Annual administration and progress report of the Indian Medical Department, Bombay
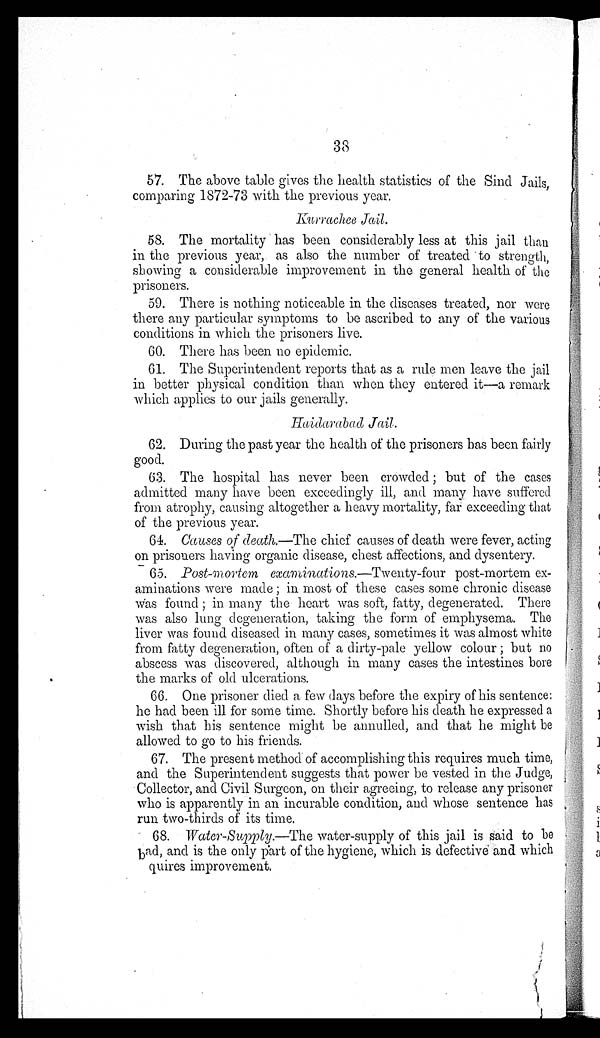
38
57. The above table gives the health statistics of the Sind Jails,
comparing 1872-73 with the previous year.
Kurrachee Jail.
58. The mortality has been considerably less at this jail than
in the previous year, as also the number of treated to strength,
showing a considerable improvement in the general health of the
prisoners.
59. There is nothing noticeable in the diseases treated, nor were
there any particular symptoms to be ascribed to any of the various
conditions in
w h i c h t h e p r i s o n e r s l i v e .
60. There has been no epidemic.
61. The Superintendent reports that as a rule men leave the jail
in better physical condition than when they entered it—a remark
which applies to our jails generally.
Haidarabad Jail.
62. During the past year the health of the prisoners has been fairly
good.
63. The hospital has never been crowded ; but of the cases
admitted many have been exceedingly ill, and many have suffered
from atrophy, causing altogether a heavy mortality, far exceeding that
of the previous year.
64. Causes of death.—The chief causes of death were fever, acting
on prisoners having organic disease, chest affections, and dysentery.
65.
Post-mortem examinations .—Twenty-four post-mortem ex
-aminations were made ; in most of these cases some chronic disease
was found ; in many the heart was soft, fatty, degenerated. There
was also lung degeneration, taking the form of emphysema. The
liver was found diseased in many cases, sometimes it was almost white
from fatty degeneration, often of a dirty-pale yellow colour ; but no
abscess was discovered, although in many cases the intestines bore
the marks of old ulcerations.
66. One prisoner died a few days before the expiry of his sentence:
he had been ill for some time. Shortly before his death he expressed a
wish that his sentence might be annulled, and that he might be
allowed to go to his friends.
67. The present method of accomplishing this requires much time,
and the Superintendent suggests that power be vested in the Judge,
Collector, and Civil Surgeon, on their agreeing, to release any prisoner
who is apparently in an incurable condition, and whose sentence has
run two-thirds of its time.
68.
Water-Supply.—The water-supply of this jail is said to be
bad, and is the only part of the hygiene, which is defective and which
quires improvement.